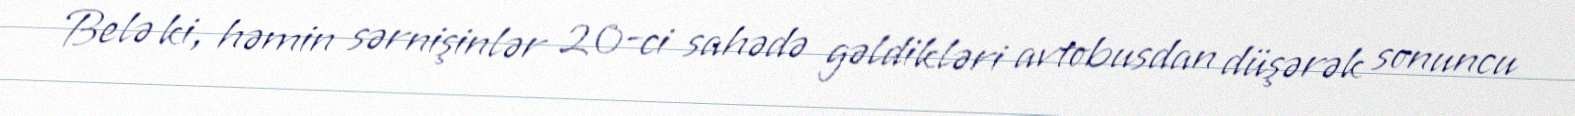
Belə ki, həmin sərnişinlər 20-ci sahədə gəldikləri avtobusdan düşərək sonuncu